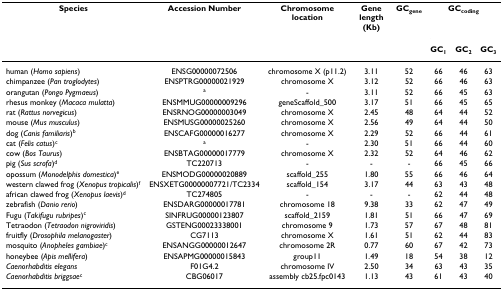
<table><thead><tr><td><b>Species</b></td><td><b>Accession Number</b></td><td><b>Chromosome location</b></td><td><b>Gene length (Kb)</b></td><td><b>GC<sub>gene</sub></b></td><td colspan="3"><b>GC<sub>coding</sub></b></td></tr><tr><td></td><td></td><td></td><td></td><td></td><td><b>GC<sub>1</sub></b></td><td><b>GC<sub>2</sub></b></td><td><b>GC<sub>3</sub></b></td></tr></thead><tbody><tr><td>human (<i>Homo sapiens</i>)</td><td>ENSG00000072506</td><td>chromosome X (p11.2)</td><td>3.11</td><td>52</td><td>66</td><td>46</td><td>63</td></tr><tr><td>chimpanzee (<i>Pan troglodytes</i>)</td><td>ENSPTRG00000021929</td><td>chromosome X</td><td>3.12</td><td>52</td><td>66</td><td>46</td><td>63</td></tr><tr><td>orangutan (<i>Pongo Pygmaeus</i>)</td><td><sup>a</sup></td><td>-</td><td>3.11</td><td>52</td><td>66</td><td>45</td><td>63</td></tr><tr><td>rhesus monkey (<i>Macaca mulatta</i>)</td><td>ENSMMUG00000009296</td><td>geneScaffold_500</td><td>3.17</td><td>51</td><td>66</td><td>45</td><td>65</td></tr><tr><td>rat (<i>Rattus norvegicus</i>)</td><td>ENSRNOG00000003049</td><td>chromosome X</td><td>2.45</td><td>48</td><td>64</td><td>44</td><td>52</td></tr><tr><td>mouse (<i>Mus musculus</i>)</td><td>ENSMUSG00000025260</td><td>chromosome X</td><td>2.56</td><td>49</td><td>64</td><td>44</td><td>50</td></tr><tr><td>dog (<i>Canis familiaris</i>)<sup>b</sup></td><td>ENSCAFG00000016277</td><td>chromosome X</td><td>2.29</td><td>52</td><td>66</td><td>44</td><td>61</td></tr><tr><td>cat (<i>Felis catus</i>)<sup>c</sup></td><td><sup>a</sup></td><td>-</td><td>2.30</td><td>51</td><td>66</td><td>44</td><td>60</td></tr><tr><td>cow (<i>Bos Taurus</i>)</td><td>ENSBTAG00000017779</td><td>chromosome X</td><td>2.32</td><td>52</td><td>64</td><td>46</td><td>62</td></tr><tr><td>pig (<i>Sus scrofa</i>)<sup>d</sup></td><td>TC220713</td><td>-</td><td>-</td><td>-</td><td>66</td><td>45</td><td>66</td></tr><tr><td>opossum (<i>Monodelphis domestica</i>)<sup>e</sup></td><td>ENSMODG00000020889</td><td>scaffold_255</td><td>1.80</td><td>55</td><td>66</td><td>46</td><td>64</td></tr><tr><td>western clawed frog (<i>Xenopus tropicalis</i>)<sup>f</sup></td><td>ENSXETG00000007721/TC2334</td><td>scaffold_154</td><td>3.17</td><td>44</td><td>63</td><td>43</td><td>48</td></tr><tr><td>african clawed frog (<i>Xenopus laevis</i>)<sup>d</sup></td><td>TC274805</td><td>-</td><td>-</td><td>-</td><td>62</td><td>44</td><td>48</td></tr><tr><td>zebrafish (<i>Danio rerio</i>)</td><td>ENSDARG00000017781</td><td>chromosome 18</td><td>9.38</td><td>33</td><td>62</td><td>47</td><td>49</td></tr><tr><td>Fugu (<i>Takifugu rubripes</i>)<sup>c</sup></td><td>SINFRUG00000123807</td><td>scaffold_2159</td><td>1.81</td><td>51</td><td>66</td><td>47</td><td>69</td></tr><tr><td>Tetraodon (<i>Tetraodon nigroviridis</i>)</td><td>GSTENG00023338001</td><td>chromosome 9</td><td>1.73</td><td>57</td><td>67</td><td>48</td><td>81</td></tr><tr><td>fruitfly (<i>Drosophila melanogaster</i>)</td><td>CG7113</td><td>chromosome X</td><td>1.61</td><td>51</td><td>62</td><td>44</td><td>83</td></tr><tr><td>mosquito (<i>Anopheles gambiae</i>)<sup>c</sup></td><td>ENSANGG00000012647</td><td>chromosome 2R</td><td>0.77</td><td>60</td><td>67</td><td>42</td><td>73</td></tr><tr><td>honeybee (<i>Apis mellifera</i>)</td><td>ENSAPMG00000015843</td><td>group11</td><td>1.49</td><td>18</td><td>54</td><td>38</td><td>12</td></tr><tr><td><i>Caenorhabditis elegans</i></td><td>F01G4.2</td><td>chromosome IV</td><td>2.50</td><td>34</td><td>63</td><td>43</td><td>35</td></tr><tr><td><i>Caenorhabditis briggsae</i><sup>c</sup></td><td>CBG06017</td><td>assembly cb25.fpc0143</td><td>1.13</td><td>43</td><td>61</td><td>43</td><td>40</td></tr></tbody></table>